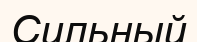
Сильный